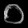
Digit: ၀